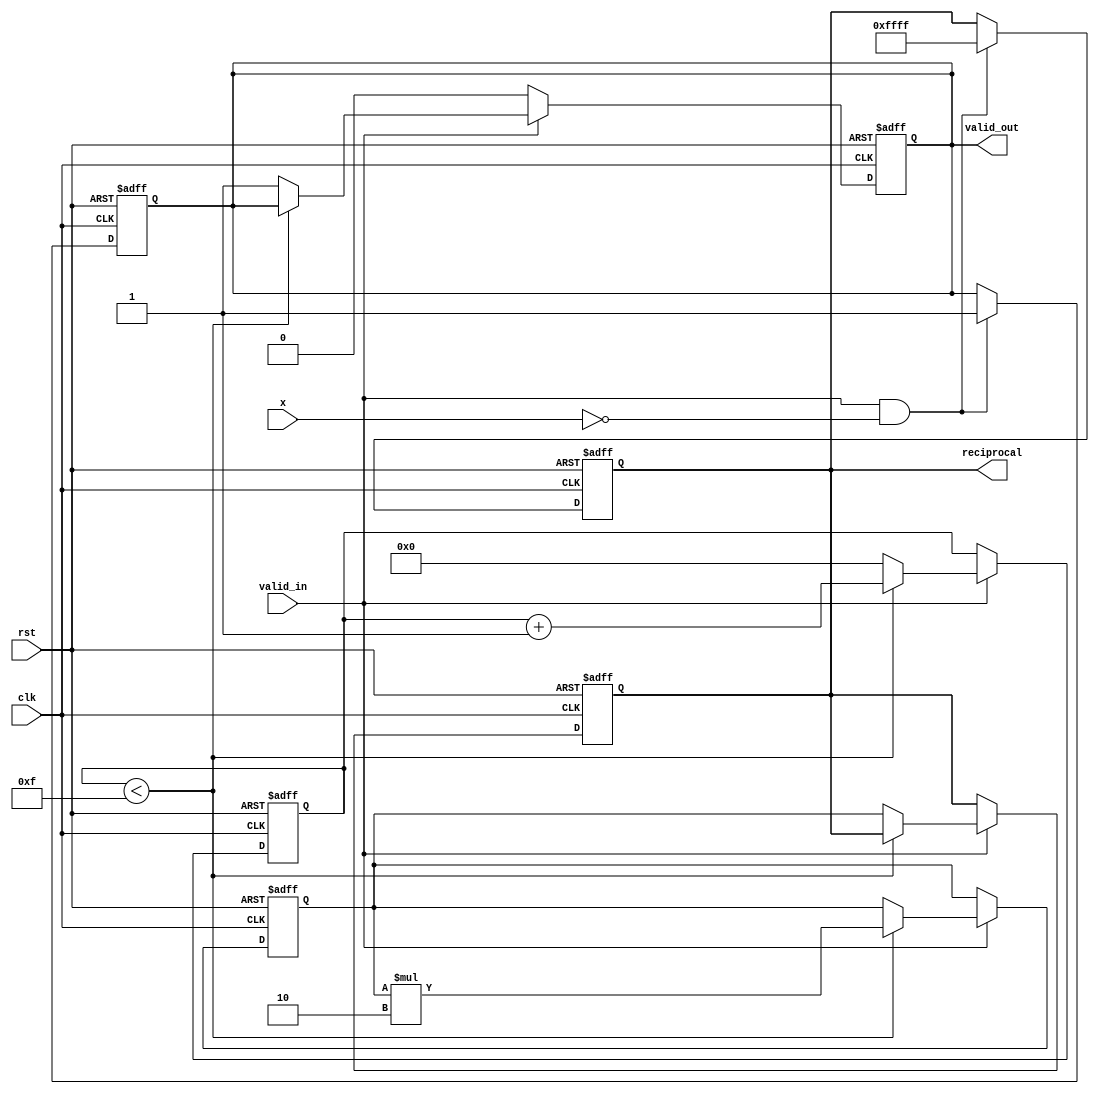
module DirectReciprocalUnit (
    input wire clk,               // Clock signal
    input wire rst,               // Reset signal
    input wire valid_in,          // Input valid signal
    input wire [15:0] x,          // Input value (16-bit fixed-point)
    output reg valid_out,         // Output valid signal
    output reg [15:0] reciprocal   // Output reciprocal (16-bit fixed-point)
);

    reg [15:0] approx;           // Current approximation of the reciprocal
    reg [3:0] iter;              // Iteration counter
    reg [15:0] x_inv;            // Inverse of the input x
    wire [15:0] next_approx;     // Next approximation

    // Newton-Raphson method: x_inv = x_inv * (2 - x * x_inv)
    assign next_approx = approx * (16'h2 - (x * approx >> 16));

    // State machine for processing
    always @(posedge clk or posedge rst) begin
        if (rst) begin
            valid_out <= 1'b0;
            reciprocal <= 16'b0;
            approx <= 16'h1; // Initial approximation (1.0 in fixed-point)
            iter <= 4'b0;
        end else if (valid_in) begin
            // Start calculation
            if (iter < 4'b1111) begin // Limit iterations to 16
                approx <= next_approx;
                iter <= iter + 1;
            end else begin
                valid_out <= 1'b1;
                reciprocal <= approx; // Output the final approximation
                iter <= 4'b0; // Reset iteration counter
            end
        end else begin
            valid_out <= 1'b0; // No valid output if input is not valid
        end
    end

    // Handle division by zero
    always @(posedge clk or posedge rst) begin
        if (rst) begin
            valid_out <= 1'b0;
            reciprocal <= 16'b0;
        end else if (valid_in && x == 16'b0) begin
            valid_out <= 1'b1;
            reciprocal <= 16'hFFFF; // Indicate division by zero (e.g., max value)
        end
    end

endmodule